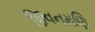
જીવનમણિ